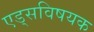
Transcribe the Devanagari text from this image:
एड्‌सविषयक